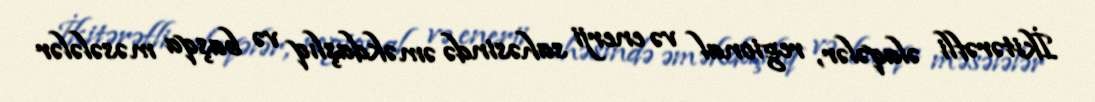
İkitərəfli əlaqələr, regional və enerji sahəsində əməkdaşlıq və başqa məsələlər